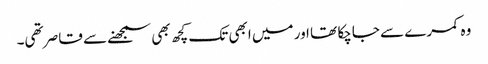
وہ کمرے سے جاچکا تھا اور میں ابھی تک کچھ بھی سمجھنے سے قاصر تھی۔